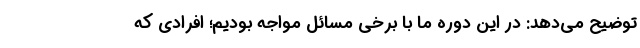
توضیح می‌دهد: در این دوره ما با برخی مسائل مواجه بودیم؛ افرادی که